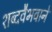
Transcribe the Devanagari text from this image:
शब्दवैभवाने